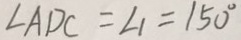
\angle A D C = \angle 1 = 1 5 0 ^ { \circ }